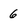
Character: 6